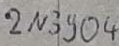
Text: 2N3904